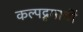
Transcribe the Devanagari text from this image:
कल्पद्रुमाचीं